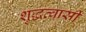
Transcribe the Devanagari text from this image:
शुद्धत्वासी